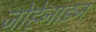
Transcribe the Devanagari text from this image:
जोहेनाइन